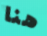
هنا